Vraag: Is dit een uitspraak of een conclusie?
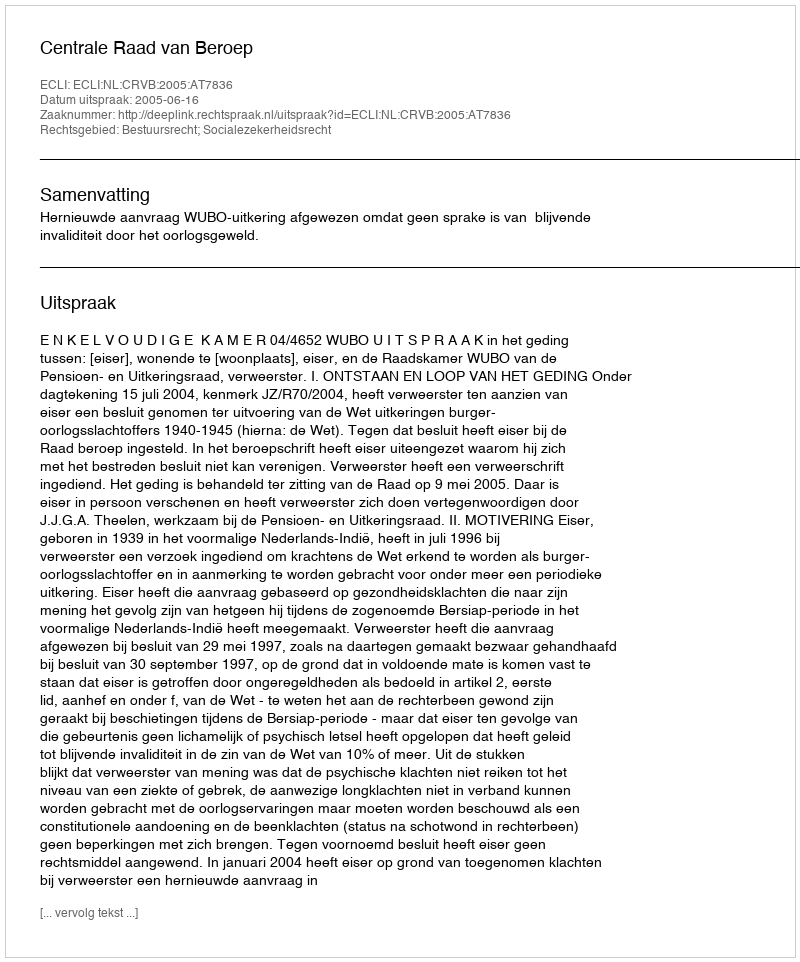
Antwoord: Uitspraak